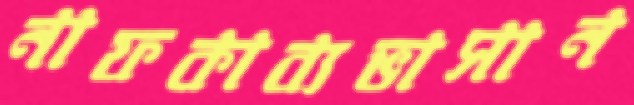
নাফকাব্যভাসান